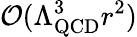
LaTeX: {\mathcal{O}}(\Lambda_{\mathrm{QCD}}^{3}r^{2})